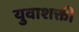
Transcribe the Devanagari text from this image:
युवाशक्ती